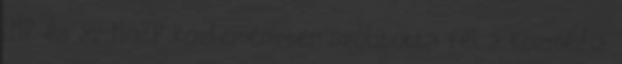
LMP és az MSZP közleményben szólította fel a közmédia